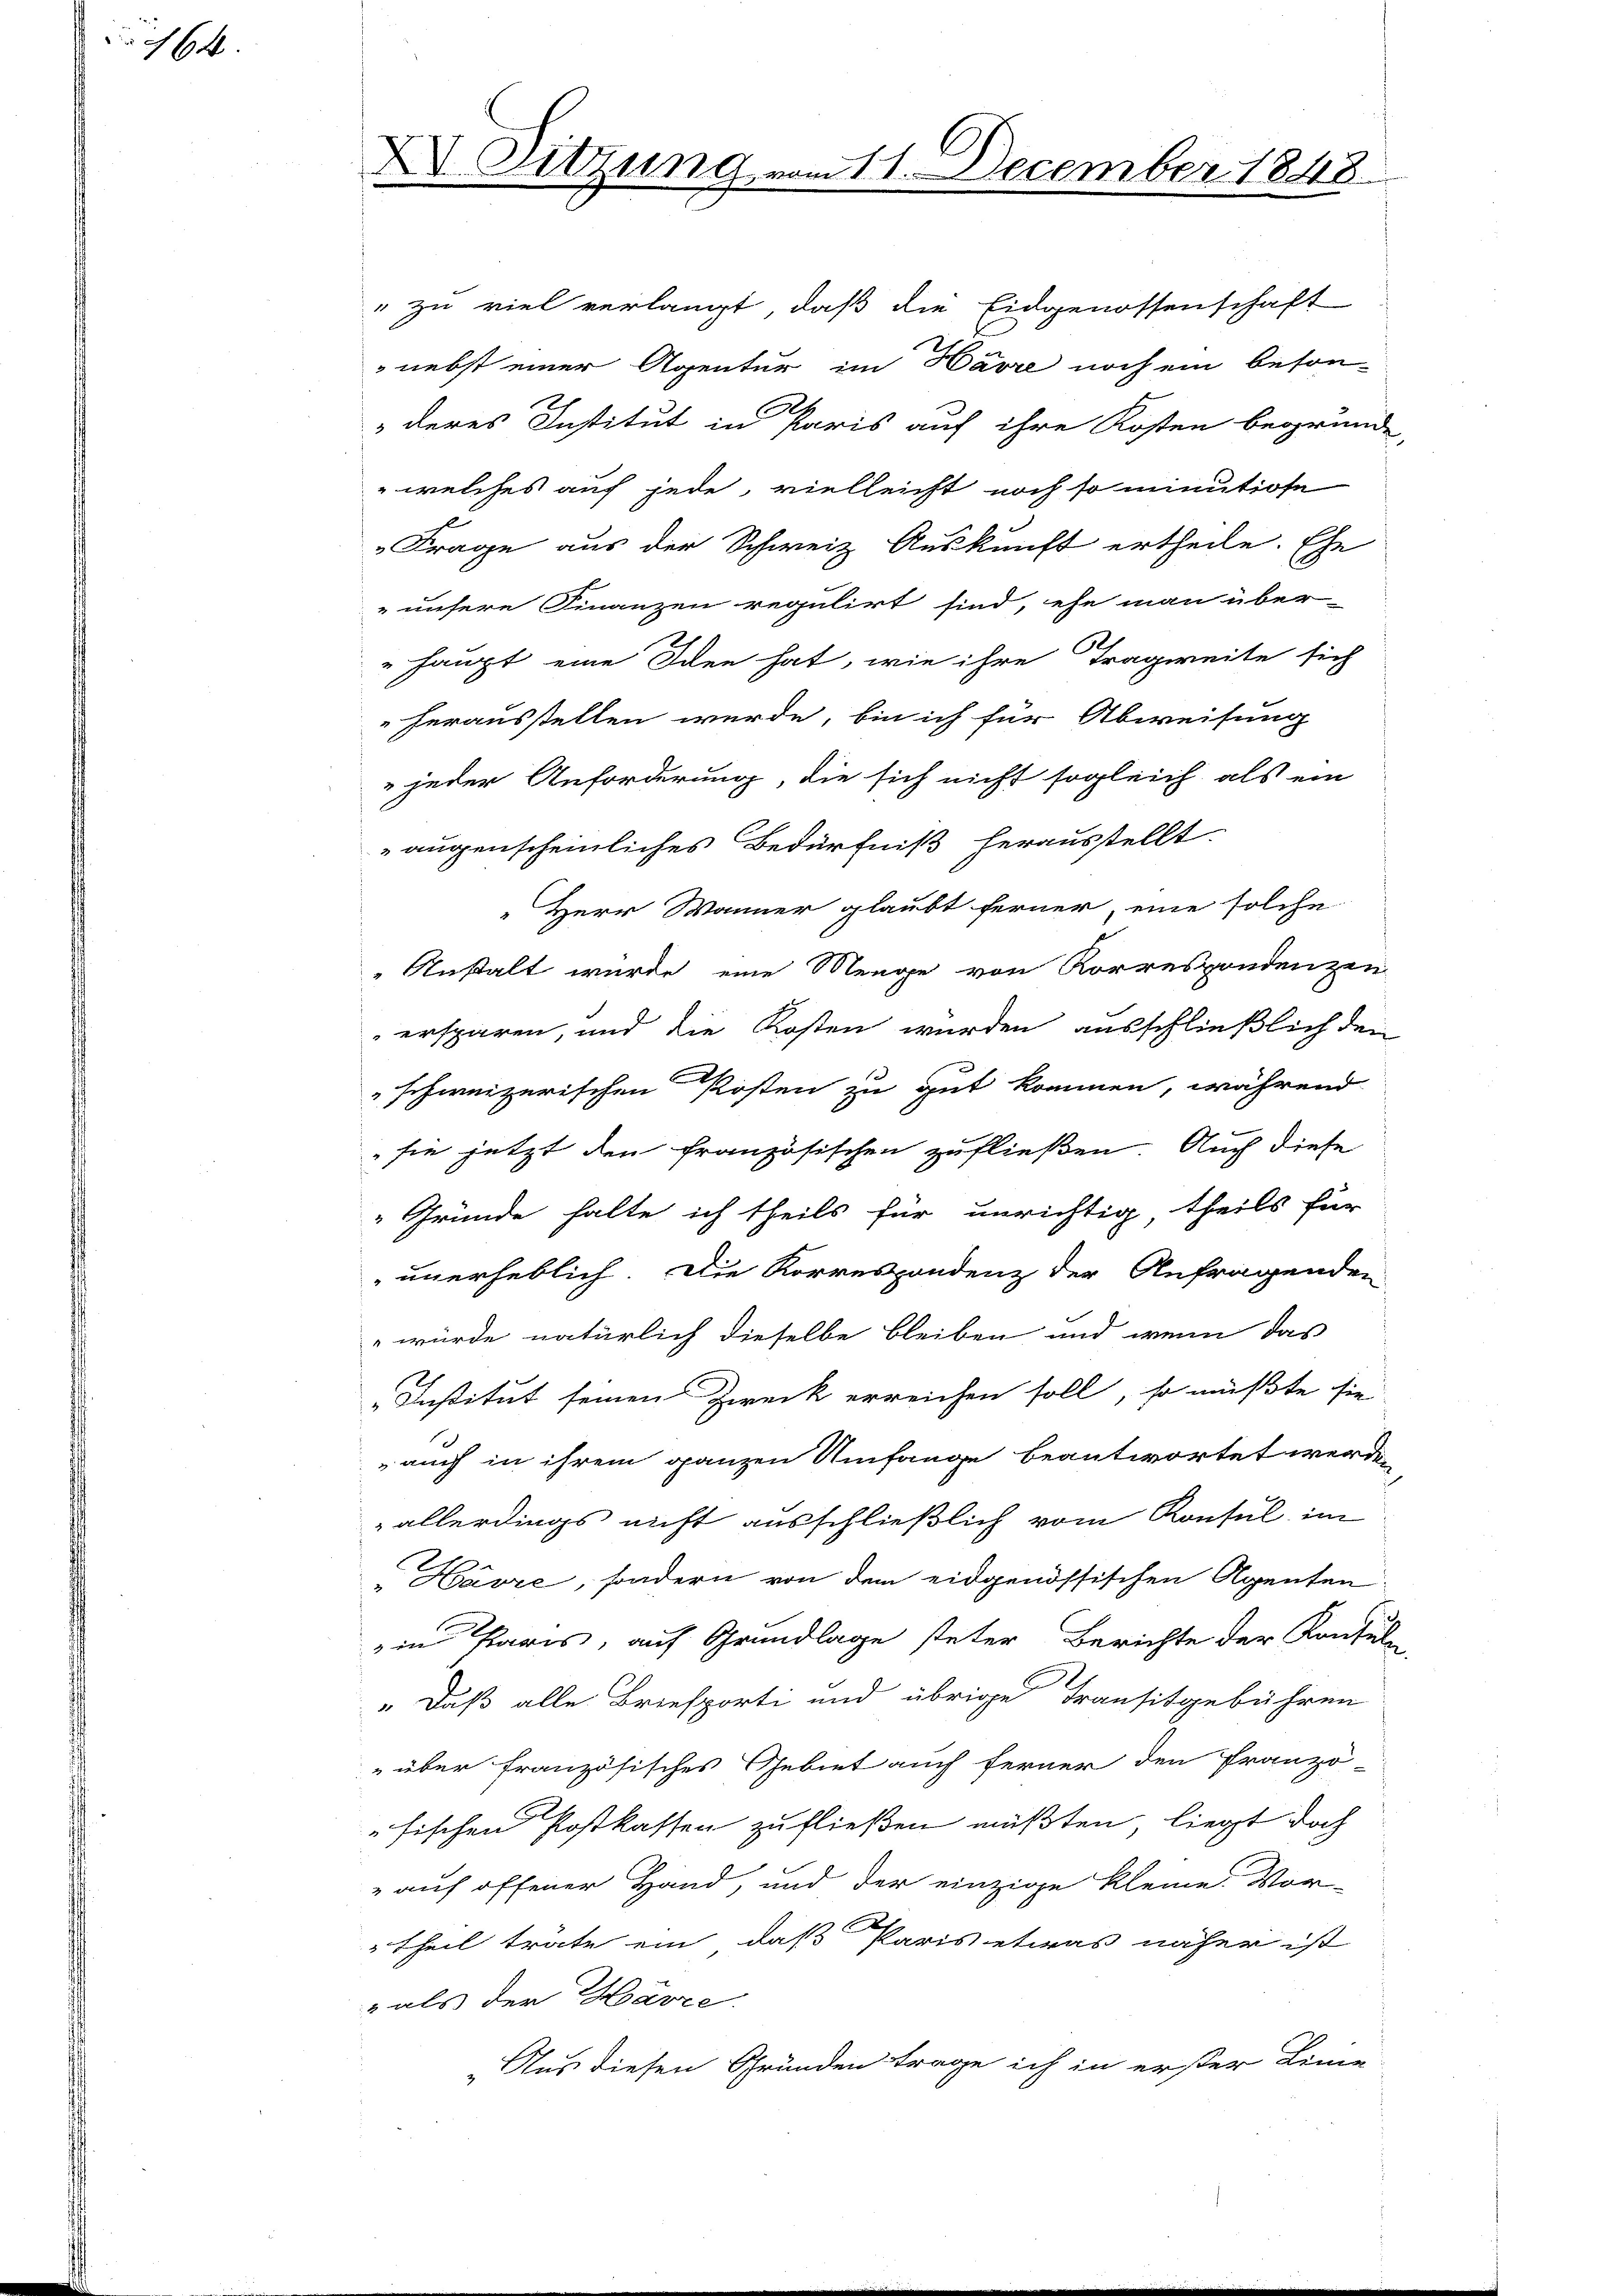
164.

XV. Sitzung vom 11. December 1848

nebst einer Agentur im Havre noch ein beson-
deres Institut in Paris auf ihre Kosten begründe,
 welches auf jede, vielleicht noch so minutiose
Frage aus der Schweiz Auskunft ertheile. Ehe
„unsere Finanzen regulirt sind, ehe man über-
" haupt eine Iden hat, wie ihre Tragweite sich
herausstellen wurde, bin ich für Abweisung
 jeder Anforderung, die sich nicht sogleich als ein
augenscheinliches Bedürfniß herausstellt.
Herr Wänner glaubt ferner, eine solche
"Anstalt wurde eine Menge von Korrespondenzen
ersparen, und die Kosten wurden ausschließlich den
schweizerischen Kosten zu gut kommen, während
 sie jetzt den französischen zufließen. Auch diese
Gründe halte ich theils für unrichtig theils für
unerheblich. Die Korrespondenz der Anfragenden
 wurde natürlich dieselbe bleiben und wenn das
„Institut seinen Zweck erreichen soll, so müßte sie
auch in ihrem ganzen Umfange beantwortet werden
allerdings nicht ausschließlich vom Konsul im
"Havre, sondern von dem eidgenössischen Agenten
in Paris, auf Grundlage steter Berichte der Konsuln,
„Daß alle Briefporti und übrige Transitgebühren
über französisches Gebiet auch ferner den Franzö-
fischen Postkassen zu fließen müßten, liegt doch
" auf offener Hand, und der einzige kleine. Vor-
Theil trate ein, daß Paris etwas näher ist
" als der Härre.
„Aus diesen Gründen trage ich in erster Linie

" zu viel verlangt, daß die Eidgenossenschaft